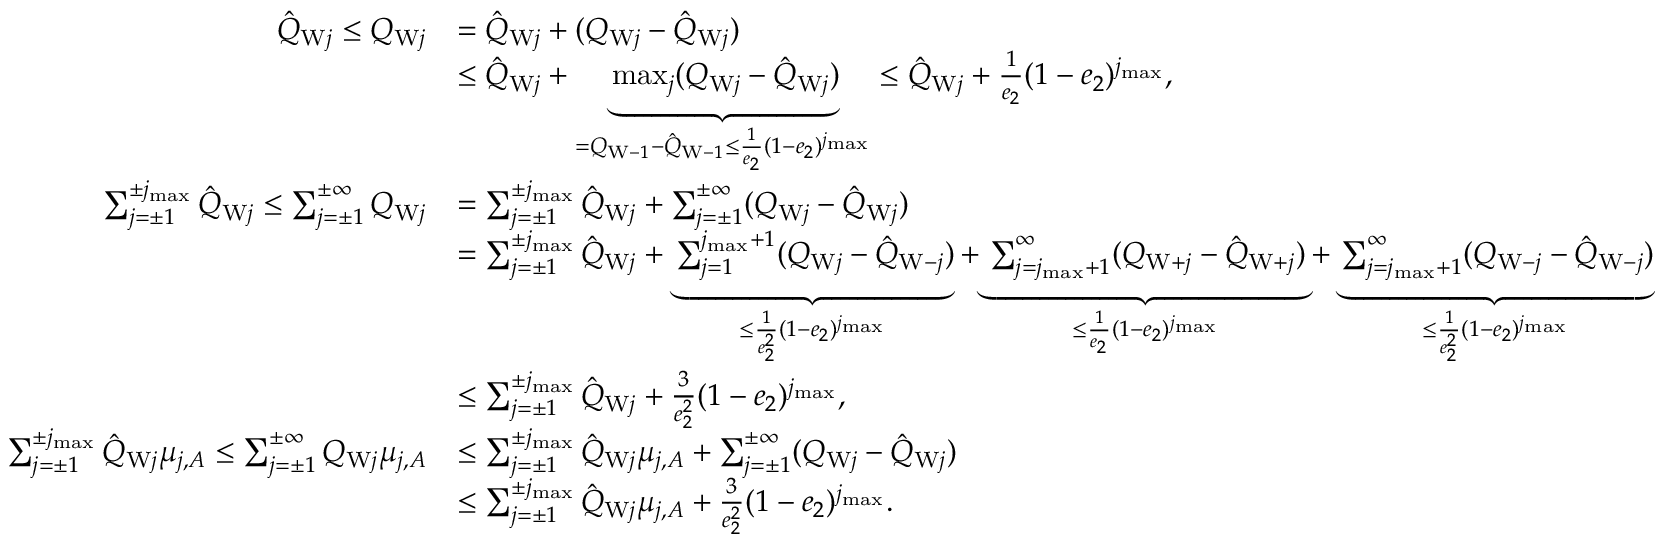
\begin{array} { r l } { \hat { Q } _ { \mathrm { W } j } \le Q _ { \mathrm { W } j } } & { = \hat { Q } _ { \mathrm { W } j } + ( Q _ { \mathrm { W } j } - \hat { Q } _ { \mathrm { W } j } ) } \\ & { \le \hat { Q } _ { \mathrm { W } j } + \underbrace { \operatorname* { m a x } _ { j } ( Q _ { \mathrm { W } j } - \hat { Q } _ { \mathrm { W } j } ) } _ { = Q _ { \mathrm { W } - 1 } - \hat { Q } _ { \mathrm { W } - 1 } \le \frac { 1 } { e _ { 2 } } ( 1 - e _ { 2 } ) ^ { j _ { \operatorname* { m a x } } } } \le \hat { Q } _ { \mathrm { W } j } + \frac { 1 } { e _ { 2 } } ( 1 - e _ { 2 } ) ^ { j _ { \operatorname* { m a x } } } , } \\ { \sum _ { j = \pm 1 } ^ { \pm j _ { \operatorname* { m a x } } } \hat { Q } _ { \mathrm { W } j } \le \sum _ { j = \pm 1 } ^ { \pm \infty } Q _ { \mathrm { W } j } } & { = \sum _ { j = \pm 1 } ^ { \pm j _ { \operatorname* { m a x } } } \hat { Q } _ { \mathrm { W } j } + \sum _ { j = \pm 1 } ^ { \pm \infty } ( Q _ { \mathrm { W } j } - \hat { Q } _ { \mathrm { W } j } ) } \\ & { = \sum _ { j = \pm 1 } ^ { \pm j _ { \operatorname* { m a x } } } \hat { Q } _ { \mathrm { W } j } + \underbrace { \sum _ { j = 1 } ^ { j _ { \operatorname* { m a x } } + 1 } ( Q _ { \mathrm { W } j } - \hat { Q } _ { \mathrm { W } - j } ) } _ { \le \frac { 1 } { e _ { 2 } ^ { 2 } } ( 1 - e _ { 2 } ) ^ { j _ { \operatorname* { m a x } } } } + \underbrace { \sum _ { j = j _ { \operatorname* { m a x } } + 1 } ^ { \infty } ( Q _ { \mathrm { W } + j } - \hat { Q } _ { \mathrm { W } + j } ) } _ { \le \frac { 1 } { e _ { 2 } } ( 1 - e _ { 2 } ) ^ { j _ { \operatorname* { m a x } } } } + \underbrace { \sum _ { j = j _ { \operatorname* { m a x } } + 1 } ^ { \infty } ( Q _ { \mathrm { W } - j } - \hat { Q } _ { \mathrm { W } - j } ) } _ { \le \frac { 1 } { e _ { 2 } ^ { 2 } } ( 1 - e _ { 2 } ) ^ { j _ { \operatorname* { m a x } } } } } \\ & { \le \sum _ { j = \pm 1 } ^ { \pm j _ { \operatorname* { m a x } } } \hat { Q } _ { \mathrm { W } j } + \frac { 3 } { e _ { 2 } ^ { 2 } } ( 1 - e _ { 2 } ) ^ { j _ { \operatorname* { m a x } } } , } \\ { \sum _ { j = \pm 1 } ^ { \pm j _ { \operatorname* { m a x } } } \hat { Q } _ { \mathrm { W } j } \mu _ { j , A } \le \sum _ { j = \pm 1 } ^ { \pm \infty } Q _ { \mathrm { W } j } \mu _ { j , A } } & { \le \sum _ { j = \pm 1 } ^ { \pm j _ { \operatorname* { m a x } } } \hat { Q } _ { \mathrm { W } j } \mu _ { j , A } + \sum _ { j = \pm 1 } ^ { \pm \infty } ( Q _ { \mathrm { W } j } - \hat { Q } _ { \mathrm { W } j } ) } \\ & { \le \sum _ { j = \pm 1 } ^ { \pm j _ { \operatorname* { m a x } } } \hat { Q } _ { \mathrm { W } j } \mu _ { j , A } + \frac { 3 } { e _ { 2 } ^ { 2 } } ( 1 - e _ { 2 } ) ^ { j _ { \operatorname* { m a x } } } . } \end{array}